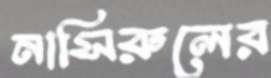
নাসিরুলের